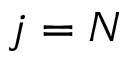
j = N